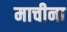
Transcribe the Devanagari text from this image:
माचीना